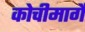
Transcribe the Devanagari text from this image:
कोचीमार्गे